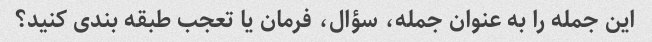
این جمله را به عنوان جمله، سؤال، فرمان یا تعجب طبقه بندی کنید؟